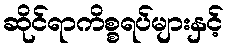
ဆိုင်ရာကိစ္စရပ်များနှင့်